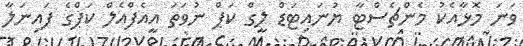
ވަނަ މޮޅާއެކު މެންޗެސްޓާ ޔުނައިޓަޑް ލީގް ކަޕް ނުވަތަ އީއެފްއެލް ކަޕްގެ ފައިނަލާ